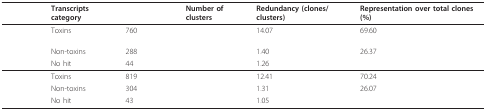
<table><thead><tr><td>[EMPTY_CELL]</td><td><b>Transcripts category</b></td><td>[EMPTY_CELL]</td><td><b>Number of clusters</b></td><td><b>Redundancy (clones/clusters)</b></td><td><b>Representation over total clones (%)</b></td></tr></thead><tbody><tr><td>[EMPTY_CELL]</td><td>Toxins</td><td>760</td><td>[EMPTY_CELL]</td><td>14.07</td><td>69.60</td></tr><tr><td>[EMPTY_CELL]</td><td>Non-toxins</td><td>288</td><td>[EMPTY_CELL]</td><td>1.40</td><td>26.37</td></tr><tr><td>[EMPTY_CELL]</td><td>No hit</td><td>44</td><td>[EMPTY_CELL]</td><td>1.26</td><td>[EMPTY_CELL]</td></tr><tr><td>[EMPTY_CELL]</td><td>Toxins</td><td>819</td><td>[EMPTY_CELL]</td><td>12.41</td><td>70.24</td></tr><tr><td>[EMPTY_CELL]</td><td>Non-toxins</td><td>304</td><td>[EMPTY_CELL]</td><td>1.31</td><td>26.07</td></tr><tr><td>[EMPTY_CELL]</td><td>No hit</td><td>43</td><td>[EMPTY_CELL]</td><td>1.05</td><td>[EMPTY_CELL]</td></tr></tbody></table>